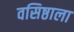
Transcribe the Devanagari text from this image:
वसिष्ठाला